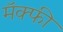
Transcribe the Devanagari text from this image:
मॅक्फी